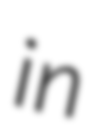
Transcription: in